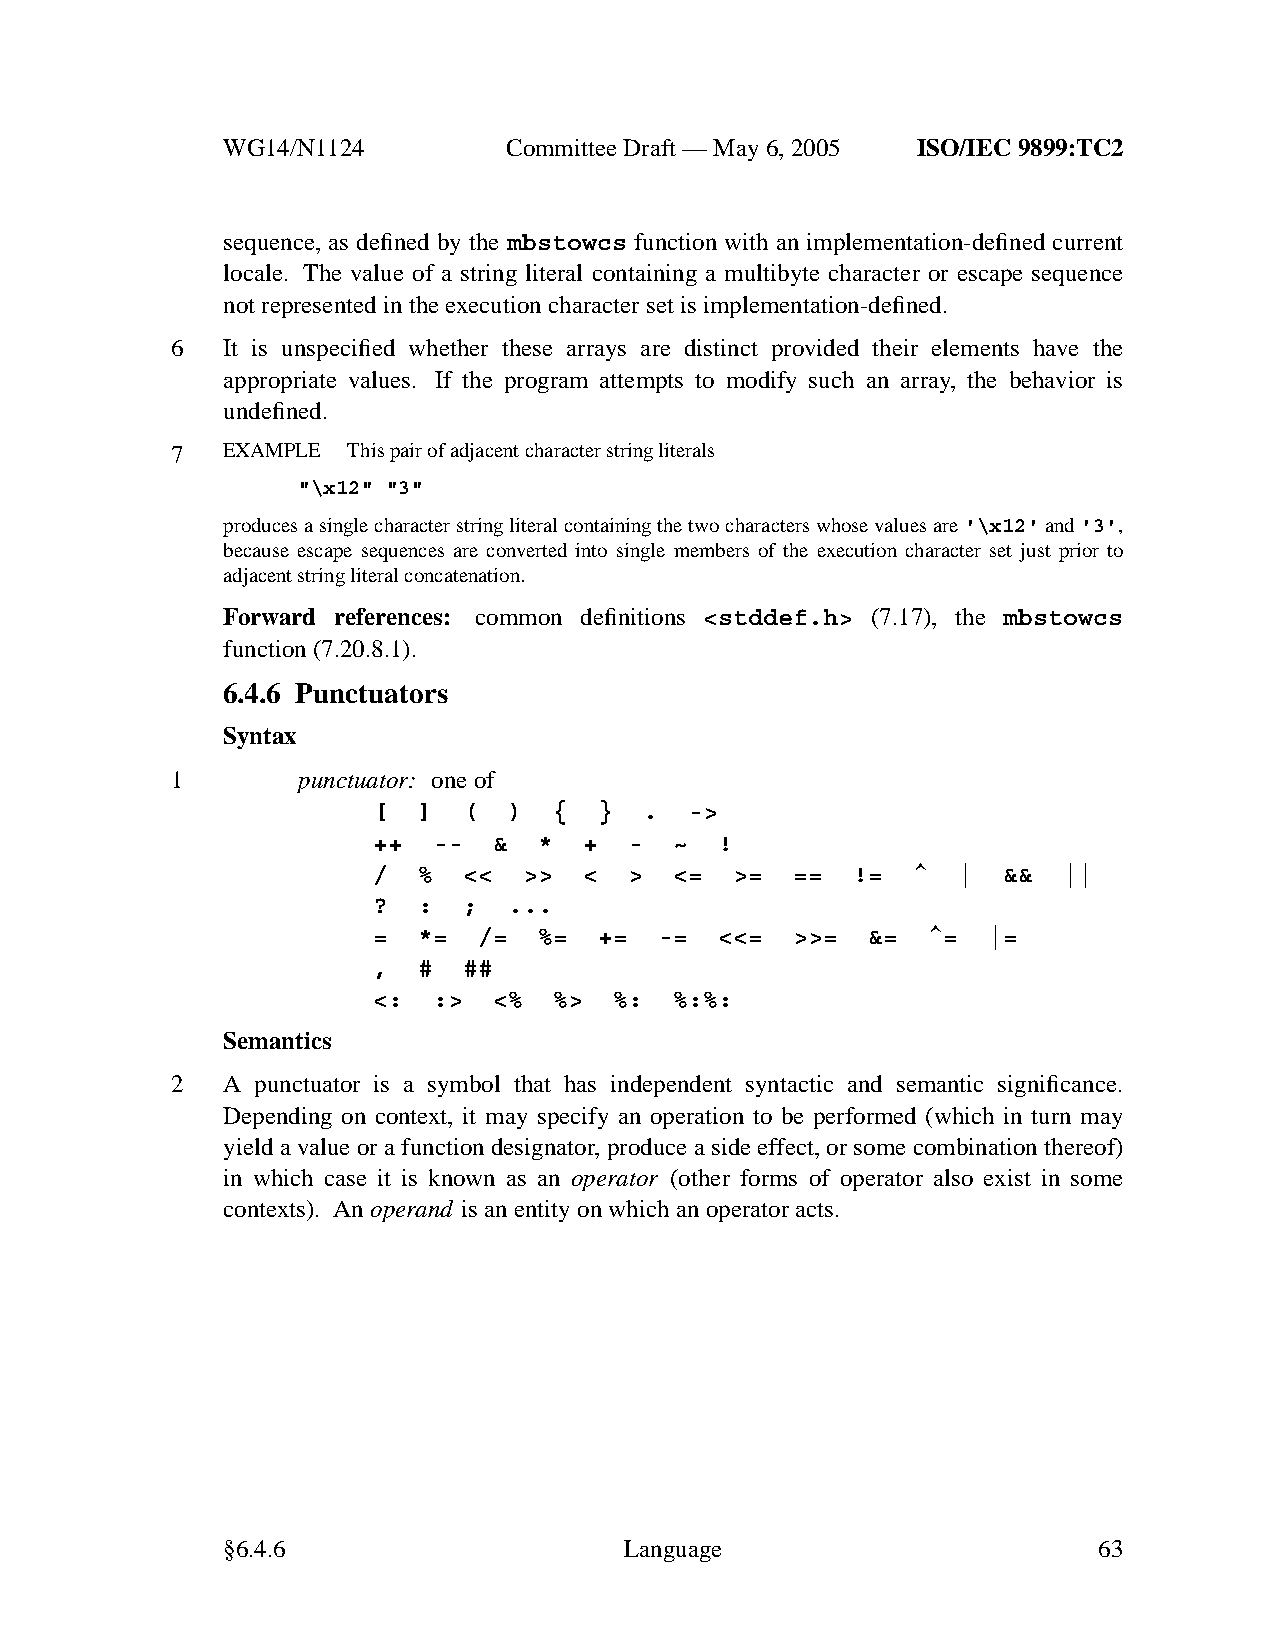
WG14/N1124        CommitteeDraft — May 6, 2005 ISO/IEC 9899:TC2
 sequence, as defined by the mbstowcs function with an implementation-defined current
 locale. The value of a string literal containing a multibyte character or escape sequence
 not represented in the execution character set is implementation-defined.
 6   It is unspecified whether these arrays are distinct provided their elements have the
 appropriate values. If the program attempts to modify such an array, the behavior is
 undefined.
 7   EXAMPLE Thispair of adjacent character string literals
 "\x12" "3"
 produces a single character string literal containing the twocharacters whose values are'\x12'and'3',
 because escape sequences are converted into single members of the execution character set just prior to
 adjacent string literal concatenation.
 Forward references: common definitions <stddef.h> (7.17), the mbstowcs
 function (7.20.8.1).
 6.4.6 Punctuators
 Syntax
 1        punctuator: one of
 [  ]  (  )  {  }  .  ->
 ++  --  &  *  +  -  ~  !
 /  %  <<  >>  <  >  <=  >=  == !=  ^  |  &&  ||
 ?  :  ;  ...
 =  *=  /=  %=  +=  -=  <<=  >>= &=  ^=  |=
 ,  #  ##
 <:  :>  <%  %>  %:  %:%:
 Semantics
 2   A punctuator is a symbol that has independent syntactic and semantic significance.
 Depending on context, it may specify an operation to be performed (which in turn may
 yield a value or a function designator, produce a side effect, or some combination thereof)
 in which case it is known as an operator (other forms of operator also exist in some
 contexts). Anoperand is an entity on which an operator acts.
 §6.4.6                    Language                        63